画像に写った文字を読んでください
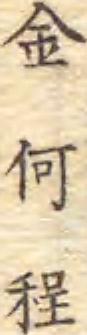
「金何程」と書いてあります